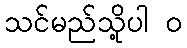
သင်မည်သို့ပါ ၀